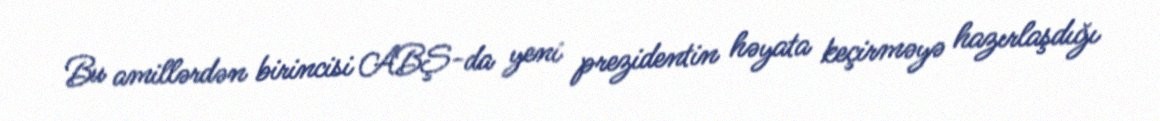
Bu amillərdən birincisi ABŞ-da yeni prezidentin həyata keçirməyə hazırlaşdığı